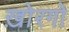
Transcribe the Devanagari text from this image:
ख़ोरगो